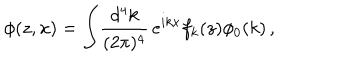
\phi ( z , x ) = \int \! { \frac { d ^ { 4 } k } { ( 2 \pi ) ^ { 4 } } } \, e ^ { i k x } f _ { k } ( z ) \phi _ { 0 } ( k ) \, ,